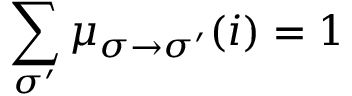
\sum _ { \sigma ^ { \prime } } \mu _ { \sigma \to \sigma ^ { \prime } } ( i ) = 1